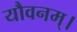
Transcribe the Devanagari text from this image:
यौवनम्।